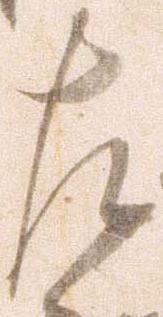
左